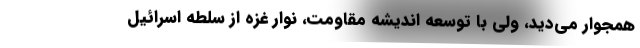
همجوار می‌دید، ولی با توسعه اندیشه مقاومت، نوار غزه از سلطه اسرائیل